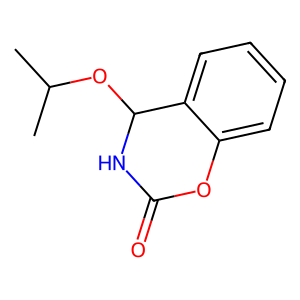
SMILES: CC(C)OC1NC(=O)Oc2ccccc21
Inhibits HIV replication: No